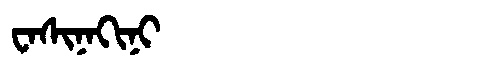
Manchu: ᠸᠠᠰᡳᠨᠠᡴᡳᠨᡳ
Romanization: WASINAKINI